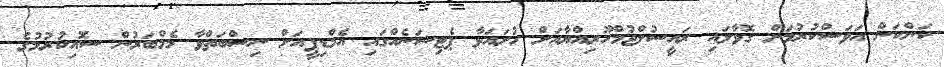
ކަންކަން އަވަސްކުރުމަށް ގޮވާލައި ރައީސުލްޖުމްހޫރިއްޔާއަށް ހުށައަޅާ ޕެޓިޝަނެއްގައި އެމްޑިޕީއަށް ނިސްބަތްވާ މެމްބަރުން ސޮއިކުރުމުގެ